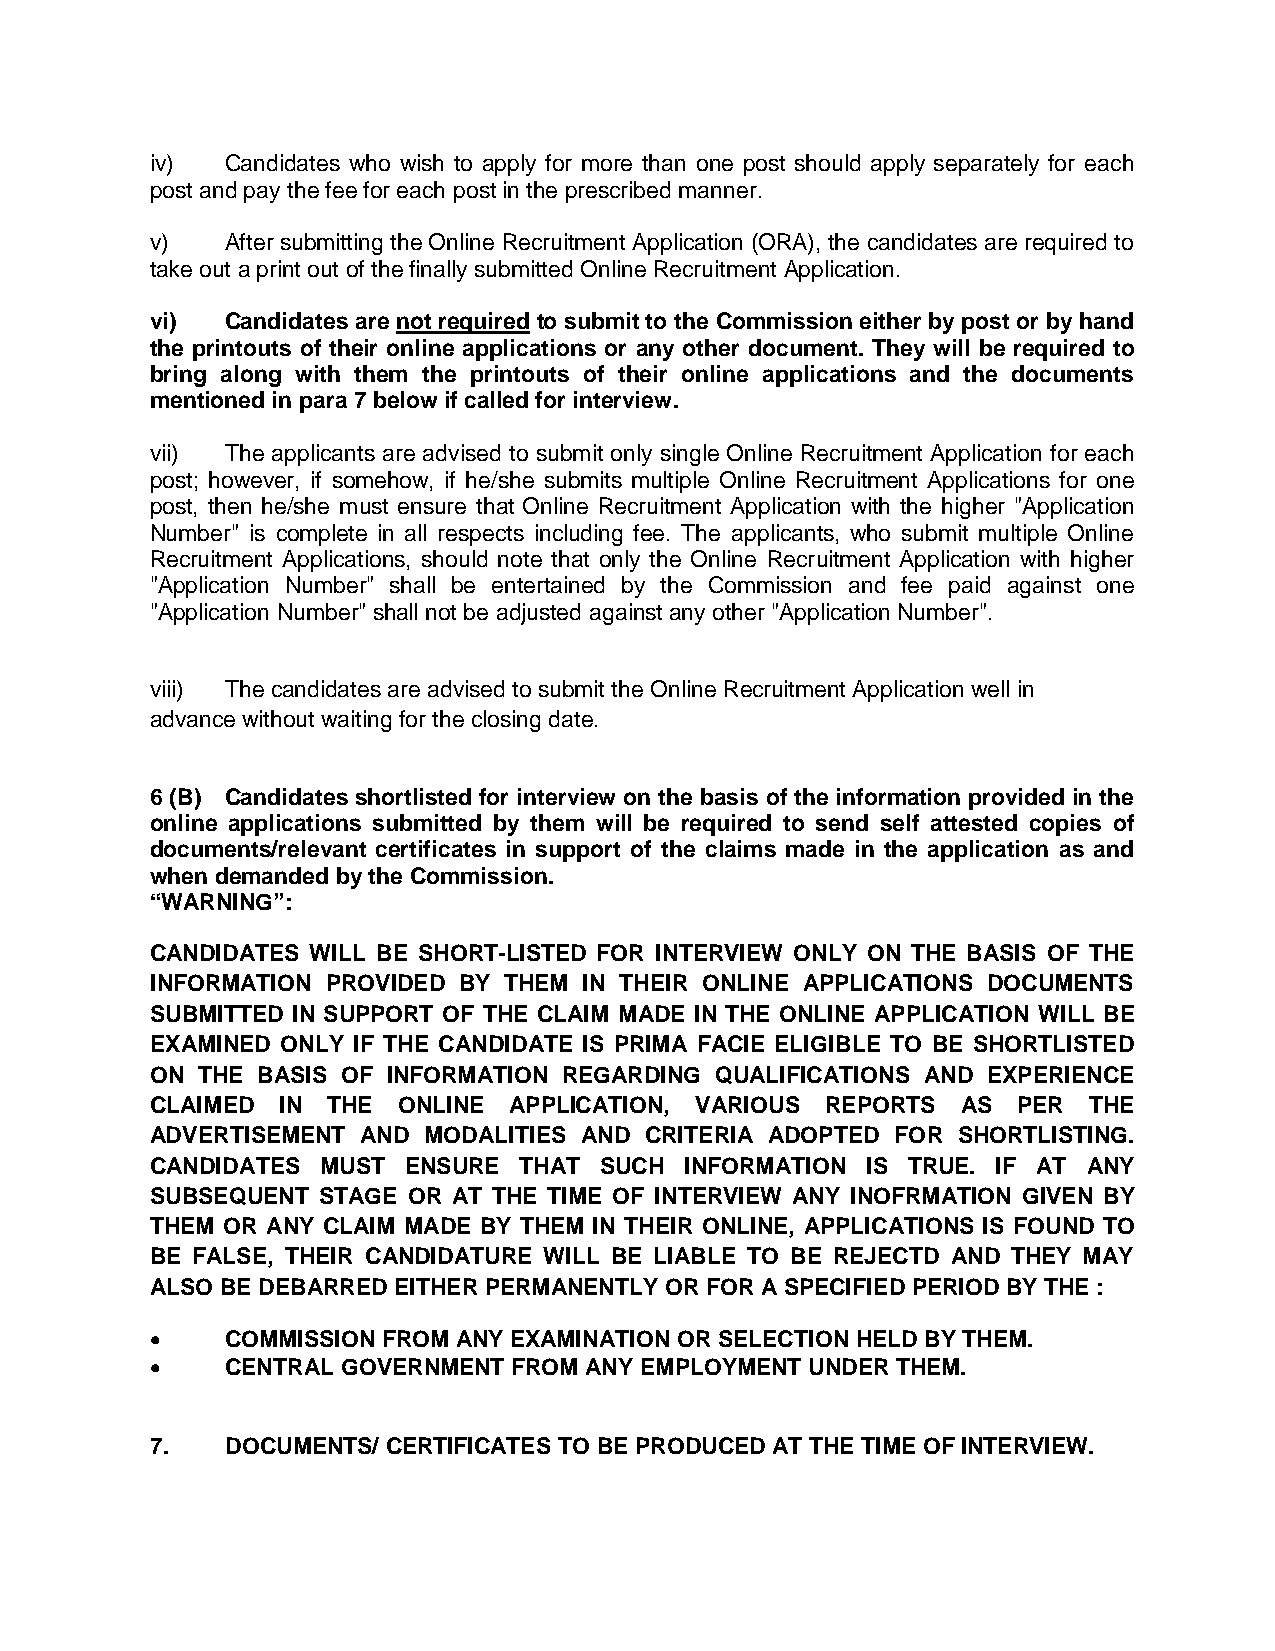
iv)  Candidates who wish to apply for more than one post should apply separately for each
 post and pay the fee for each post in the prescribed manner.
 v)   After submitting the Online Recruitment Application (ORA), the candidates are required to
 take out a print out of the finally submitted Online Recruitment Application.
 vi)  Candidates are not required to submit to the Commission either by post or by hand
 the printouts of their online applications or any other document. They will be required to
 bring along with them the printouts of their online applications and the documents
 mentioned in para 7 below if called for interview.
 vii) The applicants are advised to submit only single Online Recruitment Application for each
 post; however, if somehow, if he/she submits multiple Online Recruitment Applications for one
 post, then he/she must ensure that Online Recruitment Application with the higher "Application
 Number" is complete in all respects including fee. The applicants, who submit multiple Online
 Recruitment Applications, should note that only the Online Recruitment Application with higher
 "Application Number" shall be entertained by the Commission and fee paid against one
 "Application Number" shall not be adjusted against any other "Application Number".
 viii) The candidates are advised to submit the Online Recruitment Application well in
 advance without waiting for the closing date.
 6 (B) Candidates shortlisted for interview on the basis of the information provided in the
 online applications submitted by them will be required to send self attested copies of
 documents/relevant certificates in support of the claims made in the application as and
 when demanded by the Commission.
 “WARNING”:
 CANDIDATES WILL BE SHORT-LISTED FOR INTERVIEW ONLY ON THE BASIS OF THE
 INFORMATION PROVIDED BY THEM IN THEIR ONLINE APPLICATIONS DOCUMENTS
 SUBMITTED IN SUPPORT OF THE CLAIM MADE IN THE ONLINE APPLICATION WILL BE
 EXAMINED ONLY IF THE CANDIDATE IS PRIMA FACIE ELIGIBLE TO BE SHORTLISTED
 ON THE BASIS OF INFORMATION REGARDING QUALIFICATIONS AND EXPERIENCE
 CLAIMED IN  THE ONLINE  APPLICATION, VARIOUS REPORTS  AS PER  THE
 ADVERTISEMENT AND MODALITIES AND CRITERIA ADOPTED FOR SHORTLISTING.
 CANDIDATES MUST  ENSURE THAT  SUCH INFORMATION IS TRUE. IF AT ANY
 SUBSEQUENT STAGE OR AT THE TIME OF INTERVIEW ANY INOFRMATION GIVEN BY
 THEM OR ANY CLAIM MADE BY THEM IN THEIR ONLINE, APPLICATIONS IS FOUND TO
 BE FALSE, THEIR CANDIDATURE WILL BE LIABLE TO BE REJECTD AND THEY MAY
 ALSO BE DEBARRED EITHER PERMANENTLY OR FOR A SPECIFIED PERIOD BY THE :
 •    COMMISSION FROM ANY EXAMINATION OR SELECTION HELD BY THEM.
 •    CENTRAL GOVERNMENT FROM ANY EMPLOYMENT UNDER THEM.
 7.   DOCUMENTS/ CERTIFICATES TO BE PRODUCED AT THE TIME OF INTERVIEW.